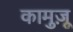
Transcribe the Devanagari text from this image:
कामुज़ू